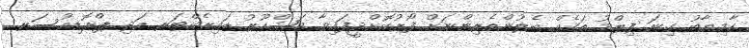
ކާމިޔާބު ގިނަ ފިލްމު ތަކެއް ބެލުންތެރިންނަށް ފޯރުކޮށްދީފައިވާ މަޝްހޫރު ޑައިރެކްޓަރ އަދި ޕްރޮޑިއުސަރ